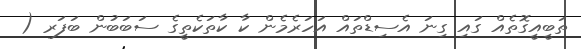
ތަބީއީގޮތެއް ގައި ގިނަ އެސިޑްތައް އަހަރެމެން ކާ ކާތަކެތީގެ ސަބަބުން ބަފަރ (